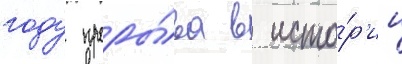
году проры́ва в исто́р'ии